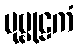
ပုဗ္ဗုဠကံ